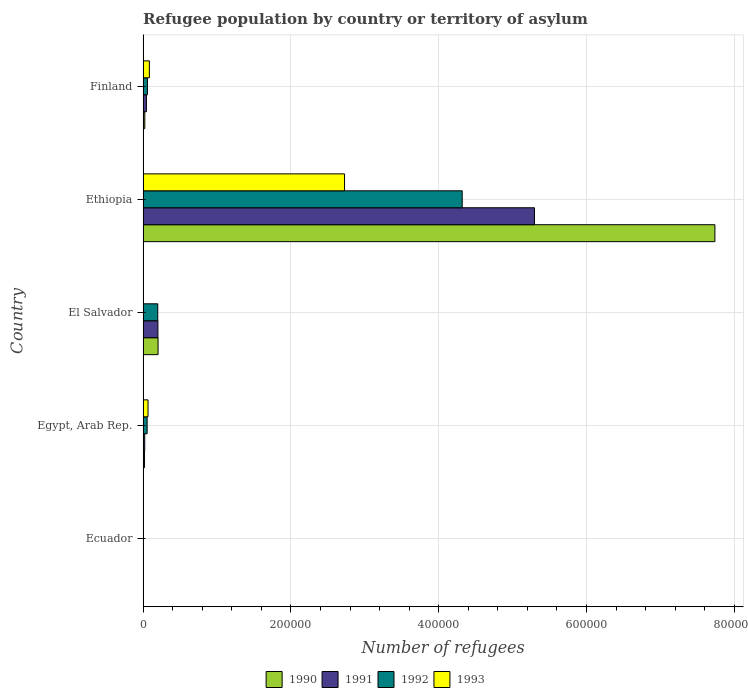
| Country | 1990 | 1991 | 1992 | 1993 |
 | --- | --- | --- | --- | --- |
 | Ecuador | 510 | 280 | 204 | 238 |
 | Egypt, Arab Rep. | 1.99e+03 | 2.24e+03 | 5.51e+03 | 6.71e+03 |
 | El Salvador | 2.03e+04 | 2.01e+04 | 1.99e+04 | 163 |
 | Ethiopia | 7.74e+05 | 5.3e+05 | 4.32e+05 | 2.73e+05 |
 | Finland | 2.35e+03 | 4.56e+03 | 5.95e+03 | 8.51e+03 |